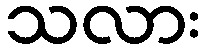
သလား